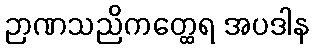
ဉာဏသညိကတ္ထေရ အပဒါန